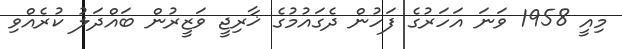
މިއީ 1958 ވަނަ އަހަރުގެ ފަހުން ދެގައުމުގެ ޚާރިޖީ ވަޒީރުން ބައްދަލު ކުރެއްވި